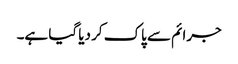
جرائم سے پاک کر دیا گیا ہے۔